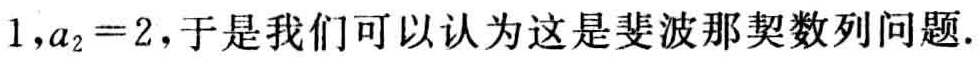
$1,a_{2}=2$，于是我们可以认为这是斐波那契数列问题.